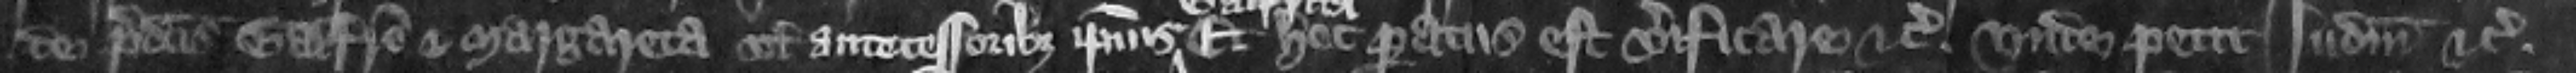
de predictis Galfrido et Margareta vel antecessoribus ipsius Galfridi. Et hoc paratus est verificare etc. vnde petit iudicium etc.